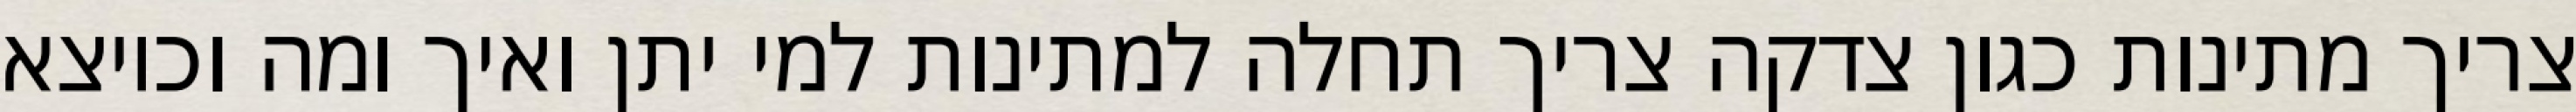
צריך מתינות כגון צדקה צריך תחלה למתינות למי יתן ואיך ומה וכיוצא